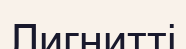
Лигнитті